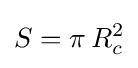
S=\pi \,R_{c}^{2}